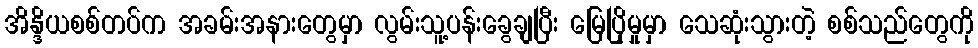
အိန္ဒိယစစ်တပ်က အခမ်းအနားတွေမှာ လွမ်းသူ့ပန်းခွေချပြီး မြေပြိုမှုမှာ သေဆုံးသွားတဲ့ စစ်သည်တွေကို